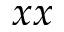
x x